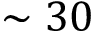
\sim 3 0